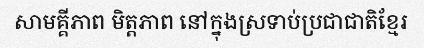
សាមគ្គីភាព មិត្តភាព នៅក្នុងស្រទាប់ប្រជាជាតិខ្មែរ